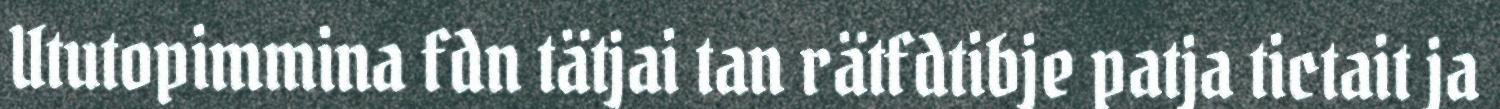
Ututopimmina fdn tätjai tan rätfdtibje patja tictait ja